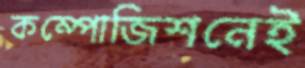
কম্পোজিশনেই